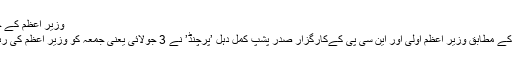
وزیر اعظم کے حق میں منعقد ہوئی ریلی
نیپال میڈیا کی رپورٹوں کے مطابق وزیر اعظم اولی اور این سی پی کےکارگزار صدر پشپ کمل دہل ’پرچنڈ’ نے 3 جولائی یعنی جمعہ کو وزیر اعظم کی رہائش گاہ میں میٹنگ کی۔